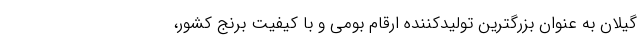
گیلان به عنوان بزرگترین تولیدکننده ارقام بومی و با کیفیت برنج کشور،